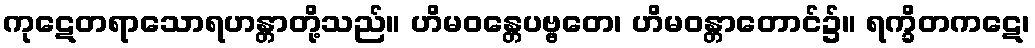
ကုဋေတရာသောရဟန္တာတို့သည်။ ဟိမဝန္တေပဗ္ဗတေ၊ ဟိမဝန္တာတောင်၌။ ရက္ခိတကဋေ၊